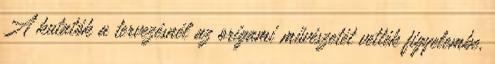
A kutatók a tervezésnél az origami művészetét vették figyelembe,